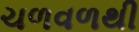
ચળવળથી